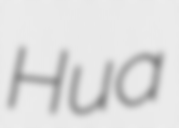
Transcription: Hua